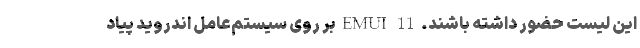
این لیست حضور داشته باشند. EMUI 11 بر روی سیستم‌عامل اندروید پیاد